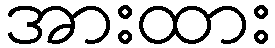
အားထား